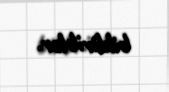
bildiriblər.